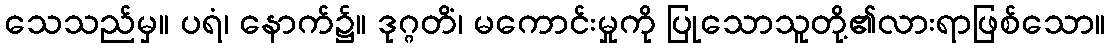
သေသည်မှ။ ပရံ၊ နောက်၌။ ဒုဂ္ဂတိံ၊ မကောင်းမှုကို ပြုသောသူတို့၏လားရာဖြစ်သော။